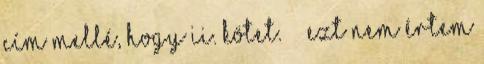
cím mellé, hogy II. kötet.” – Ezt nem értem